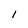
Character: I